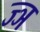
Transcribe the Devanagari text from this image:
ज्‍ञ